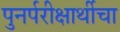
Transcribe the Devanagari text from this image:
पुनर्परीक्षार्थीचा